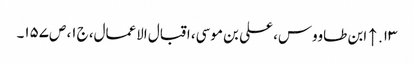
۱۳. ↑ ابن طاووس، علی بن موسی، اقبال الاعمال، ج‌۱، ص‌۱۵۷۔